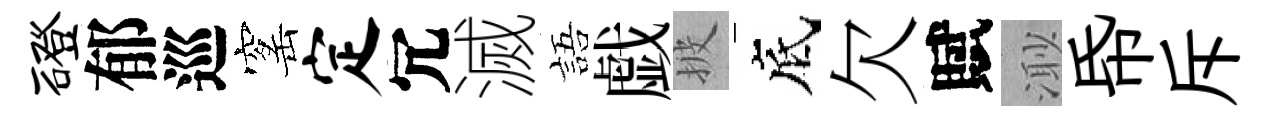
磴郁巡窰定冗滅語戯披底欠賦𣺌帋斥